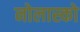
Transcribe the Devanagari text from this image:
नोलास्को